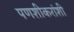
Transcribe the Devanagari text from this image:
पणशीकरांशी